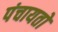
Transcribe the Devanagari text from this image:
पंचायताें